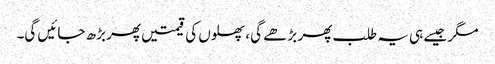
مگر جیسے ہی یہ طلب پھر بڑھے گی، پھلوں کی قیمتیں پھر بڑھ جائیں گی۔